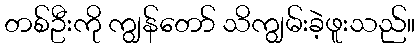
တစ်ဦးကို ကျွန်တော် သိကျွမ်းခဲ့ဖူးသည်။